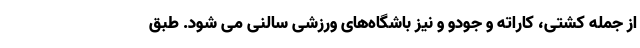
از جمله کشتی، کاراته و جودو و نیز باشگاه‌های ورزشی سالنی می شود. طبق